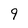
Character: 9